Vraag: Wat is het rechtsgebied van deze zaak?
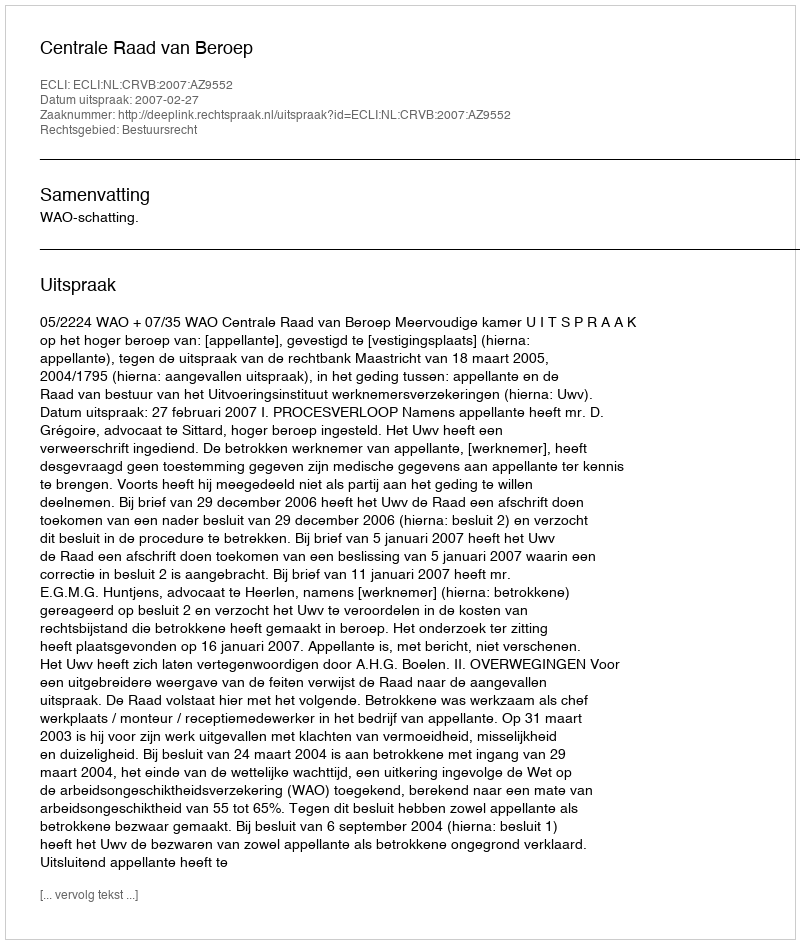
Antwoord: Bestuursrecht